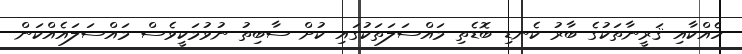
ހެއްކާއި ޤަރީނާތަކުގެ ބާރު ކެނޑި ބޮޑެތި މައްސަލަތަކުގައި ކުށް ސާބިތު ނުވުމަކީވެސް މައްސަލައެއްކަން